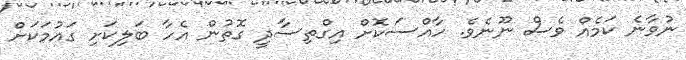
ނުވާނެ ކަމެއް ވެސް ނޫނެވެ. ހާއްސަކޮށް އިގްތިސާދީ ގޮތުން އެހާ ބަލިކަށި ގައުމަކަށް